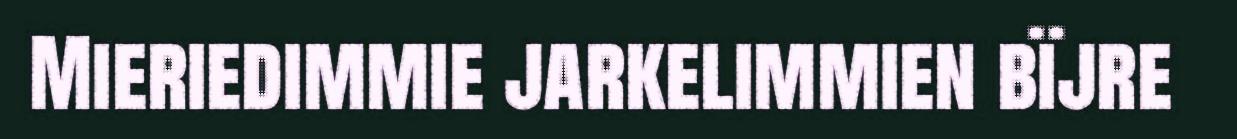
Mieriedimmie jarkelimmien bïjre